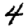
Digit: 4